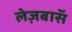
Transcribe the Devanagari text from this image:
लेज़बासॅ